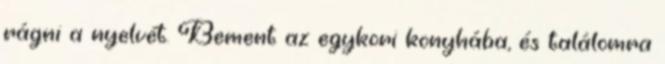
rágni a nyelvét. Bement az egykori konyhába, és találomra